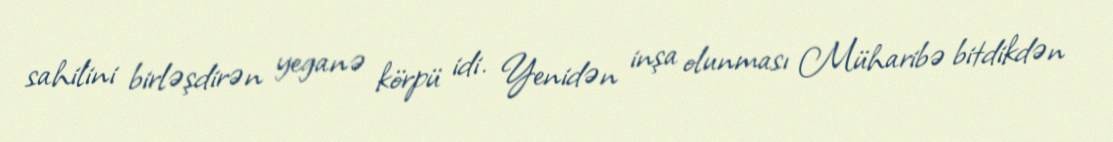
sahilini birləşdirən yeganə körpü idi. Yenidən inşa olunması Müharibə bitdikdən